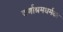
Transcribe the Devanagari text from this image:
वर्णाश्रमधर्मका